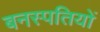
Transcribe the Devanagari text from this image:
बनस्पतियों